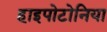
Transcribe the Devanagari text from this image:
हाइपोटोनिया